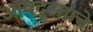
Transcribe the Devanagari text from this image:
आपद्ग्रस्तांचे